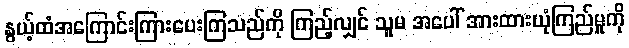
နွယ့်ထံအကြောင်းကြားပေးကြသည်ကို ကြည့်လျှင် သူမ အပေါ် အားထားယုံကြည်မှုကို